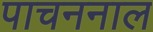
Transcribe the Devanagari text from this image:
पाचननाल